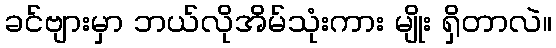
ခင်ဗျားမှာ ဘယ်လိုအိမ်သုံးကား မျိုး ရှိတာလဲ။